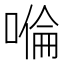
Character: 𠹹